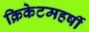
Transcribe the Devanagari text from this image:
क्रिकेटमहर्षी